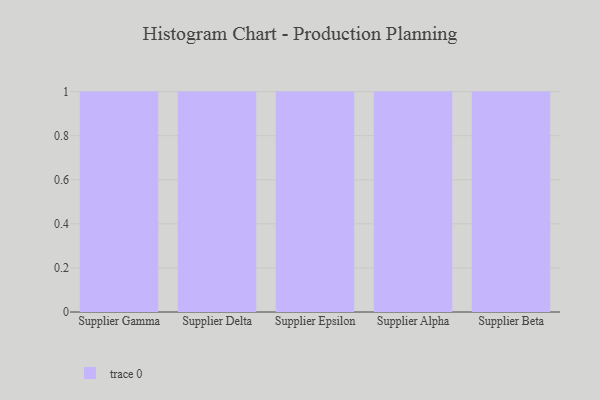
{"axis": {"x": "Supplier", "y": "Humidity (%)"}, "legend": [""], "data": [{"x": "Supplier Gamma", "y": 46, "type": ""}, {"x": "Supplier Delta", "y": 49, "type": ""}, {"x": "Supplier Epsilon", "y": 41, "type": ""}, {"x": "Supplier Alpha", "y": 43, "type": ""}, {"x": "Supplier Beta", "y": 87, "type": ""}]}